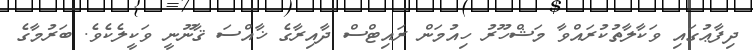
ދިފާޢުގައި ވަކާލާތުކުރައްވާ މަޝްހޫރު ހިއުމަން ރައިޓްސް ދާއިރާގެ ޚާއްސަ ޤާނޫނީ ވަކީލެކެވެ. ބަރުމާގެ